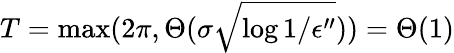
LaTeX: T=\operatorname*{max}(2\pi,\Theta(\sigma\sqrt{\log{1/\epsilon^{\prime\prime}}}))=\Theta(1)